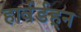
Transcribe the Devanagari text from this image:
हार्वर्डहून